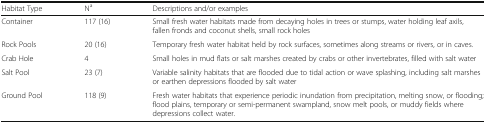
| Habitat Type | Na | Descriptions and/or examples |
 | --- | --- | --- |
 | Container | 117 (16) | Small fresh water habitats made from decaying holes in trees or stumps, water holding leaf axils, fallen fronds and coconut shells, small rock holes |
 | Rock Pools | 20 (16) | Temporary fresh water habitat held by rock surfaces, sometimes along streams or rivers, or in caves. |
 | Crab Hole | 4 | Small holes in mud flats or salt marshes created by crabs or other invertebrates, filled with salt water |
 | Salt Pool | 23 (7) | Variable salinity habitats that are flooded due to tidal action or wave splashing, including salt marshes or earthen depressions flooded by salt water |
 | Ground Pool | 118 (9) | Fresh water habitats that experience periodic inundation from precipitation, melting snow, or flooding; flood plains, temporary or semi-permanent swampland, snow melt pools, or muddy fields where depressions collect water. |